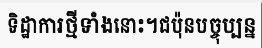
ទិដ្ឋាការថ្មីទាំងនោះ។ជប៉ុនបច្ចុប្បន្ន